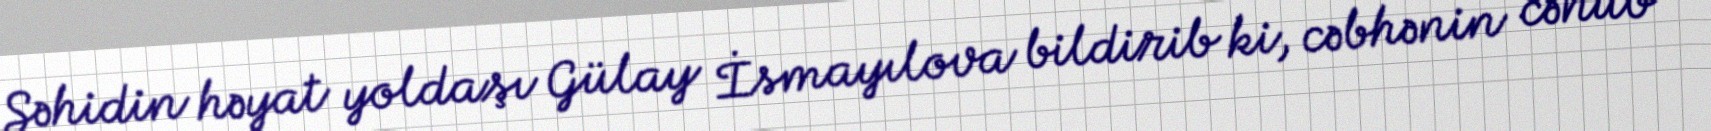
Şəhidin həyat yoldaşı Gülay İsmayılova bildirib ki, cəbhənin cənub